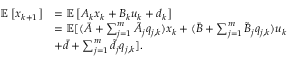
\begin{array} { r l } { \mathbb { E } \left[ x _ { k + 1 } \right] } & { = \mathbb { E } \left[ A _ { k } x _ { k } + B _ { k } u _ { k } + d _ { k } \right] } \\ & { = \mathbb { E } [ ( \bar { A } + \sum _ { j = 1 } ^ { m } \tilde { A } _ { j } q _ { j , k } ) x _ { k } + ( \bar { B } + \sum _ { j = 1 } ^ { m } \tilde { B } _ { j } q _ { j , k } ) u _ { k } } \\ & { + \bar { d } + \sum _ { j = 1 } ^ { m } \tilde { d } _ { j } q _ { j , k } ] . } \end{array}